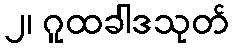
၂၊ ဂူထခါဒသုတ်